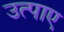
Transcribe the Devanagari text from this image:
उत्पाए